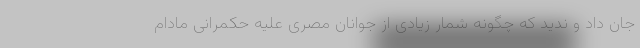
جان داد و ندید که چگونه شمار زیادی از جوانان مصری علیه حکمرانی مادام